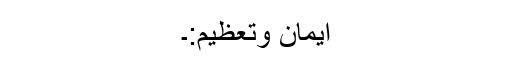
ایمان وتعظیم:۔